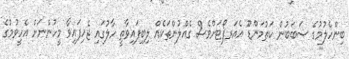
ބިންހެލުމުގެ ސަބަބުން ކަތުމަންޑޫ އެއަރޕޯޓަށްވެސް ގެއްލުންތަކެއް ލިބިފައިވާތީ ހާލުގައި ޖެހިފައިވާ މީހުންނަށް އެހީވުމުގެ